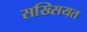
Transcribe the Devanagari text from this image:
सख्सियत